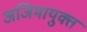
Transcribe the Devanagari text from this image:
अजिमायुक्त